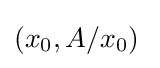
(x_{0},A/x_{0})\;